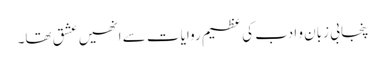
پنجابی زبان و ادب کی عظیم روایات سے انھیں عشق تھا۔